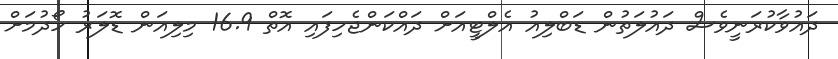
ދައުވާކުރަނީވެސް ދައުލަތުން ޑަބްލިއު އެލްޓީއަށް ދައްކަންޖެހިފައި އޮތް 16.9 މިލިއަން ޑޮލަރު ހޯދުމަށް